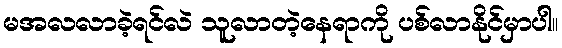
မအလလာခဲ့ရင်လဲ သူလာတဲ့နေရာကို ပစ်လာနိုင်မှာပါ။